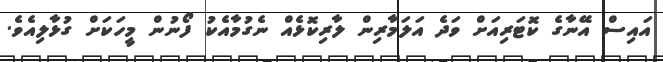
އައިސް އޭނާގެ ކޮޓަރިއަށް ވަދެ އަލަމާރިން ލާރިކޮޅެއް ނެގުމާއެކު ފޯނުން މީހަކަށް ގުޅާލިއެވެ.